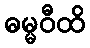
ဓမ္မဝီထိ